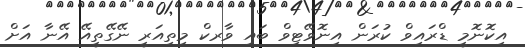
އިކޮނޮމީ ޑްރައިވް ކުރަން އިނޮވޭޓިވް ބައި ވާރކް މިތިއަރީ ނޭގޭތީއޭ އޭނާ އަށް